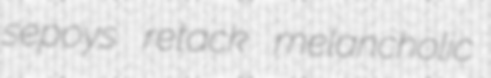
sepoys retack melancholic